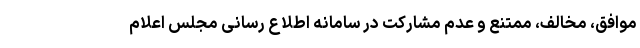
موافق، مخالف، ممتنع و عدم مشارکت در سامانه اطلاع رسانی مجلس اعلام